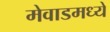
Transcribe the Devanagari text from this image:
मेवाडमध्ये